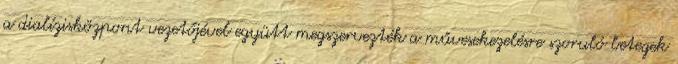
a dialízisközpont vezetőjével együtt megszervezték a művesekezelésre szoruló betegek